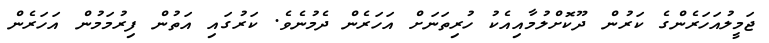
ޖަމީލުއަހަރެންގެ ކަރުން ދޫކޮށްލުމާއިއެކު ހުރިތަނަށް އަހަރެން ދެމުނެވެ. ކަރުގައި އަތުން ފިރުމަމުން އަހަރެން